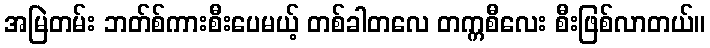
အမြဲတမ်း ဘတ်စ်ကားစီးပေမယ့် တစ်ခါတလေ တက္ကစီလေး စီးဖြစ်လာတယ်။